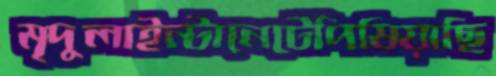
মৃদুলাইন্টানেটেপিষিয়াছি